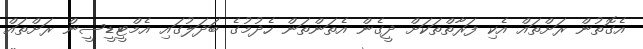
އެގޮތުން ރަށްތައް އެކި ފަރާތްތަކަށް ދީގެން އެތަންތަން ހެދުމުގެ ބަދަލުގައި އެމްޓީޑީސީން ރަށްތައް